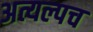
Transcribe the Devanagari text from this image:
अत्यल्पच